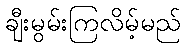
ချီးမွမ်းကြလိမ့်မည်